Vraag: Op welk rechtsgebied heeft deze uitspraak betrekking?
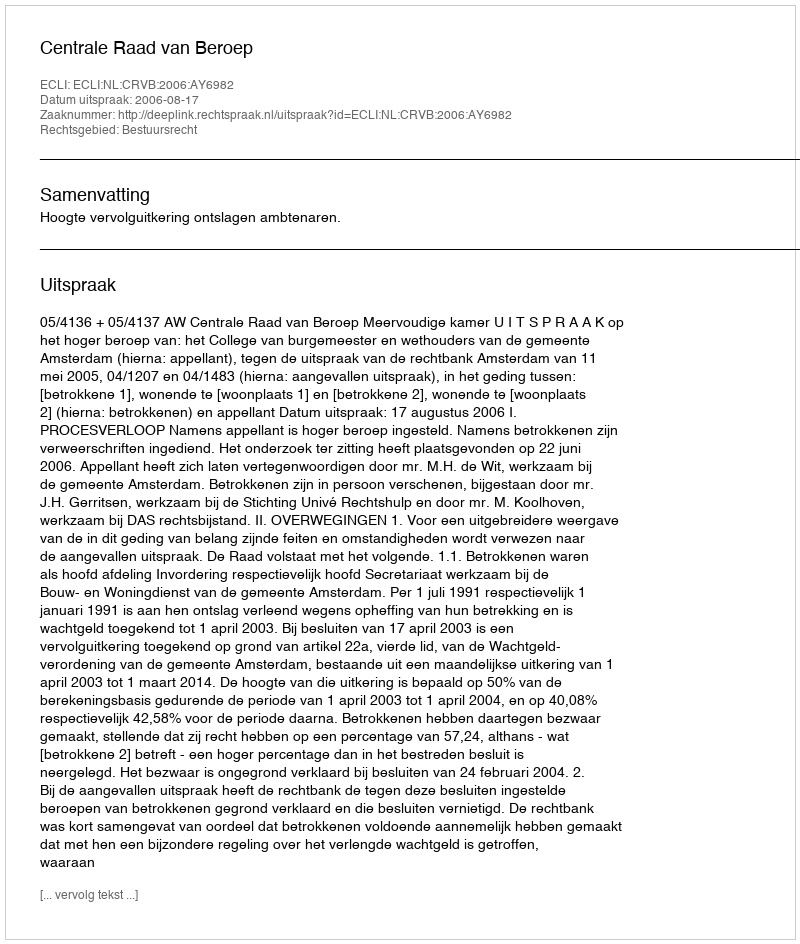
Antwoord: Bestuursrecht